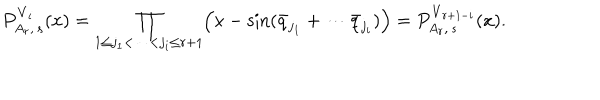
LaTeX: P _ { A _ { r } , \, s } ^ { { \bf V } _ { i } } ( x ) = \prod _ { 1 \leq j _ { 1 } < \cdots < j _ { i } \leq r + 1 } \Bigl ( x - \sin ( \bar { q } _ { j _ { 1 } } + \cdots \bar { q } _ { j _ { i } } ) \Bigr ) = P _ { A _ { r } , \, s } ^ { { \bf V } _ { r + 1 - i } } ( x ) .